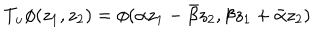
T _ { u } \phi ( z _ { 1 } , z _ { 2 } ) = \phi ( \alpha z _ { 1 } - \bar { \beta } z _ { 2 } , \beta z _ { 1 } + \bar { \alpha } z _ { 2 } )